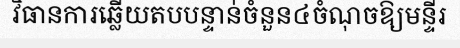
វិធានការឆ្លើយតបបន្ទាន់ចំនួន៤ចំណុចឱ្យមន្ទីរ